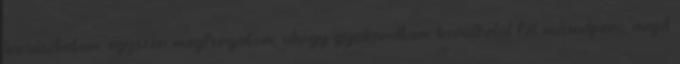
kicsúsztatom, egyszer megforgatom, ahogy gyakoroltam körülbelül fél másodperc, majd